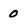
Character: 0